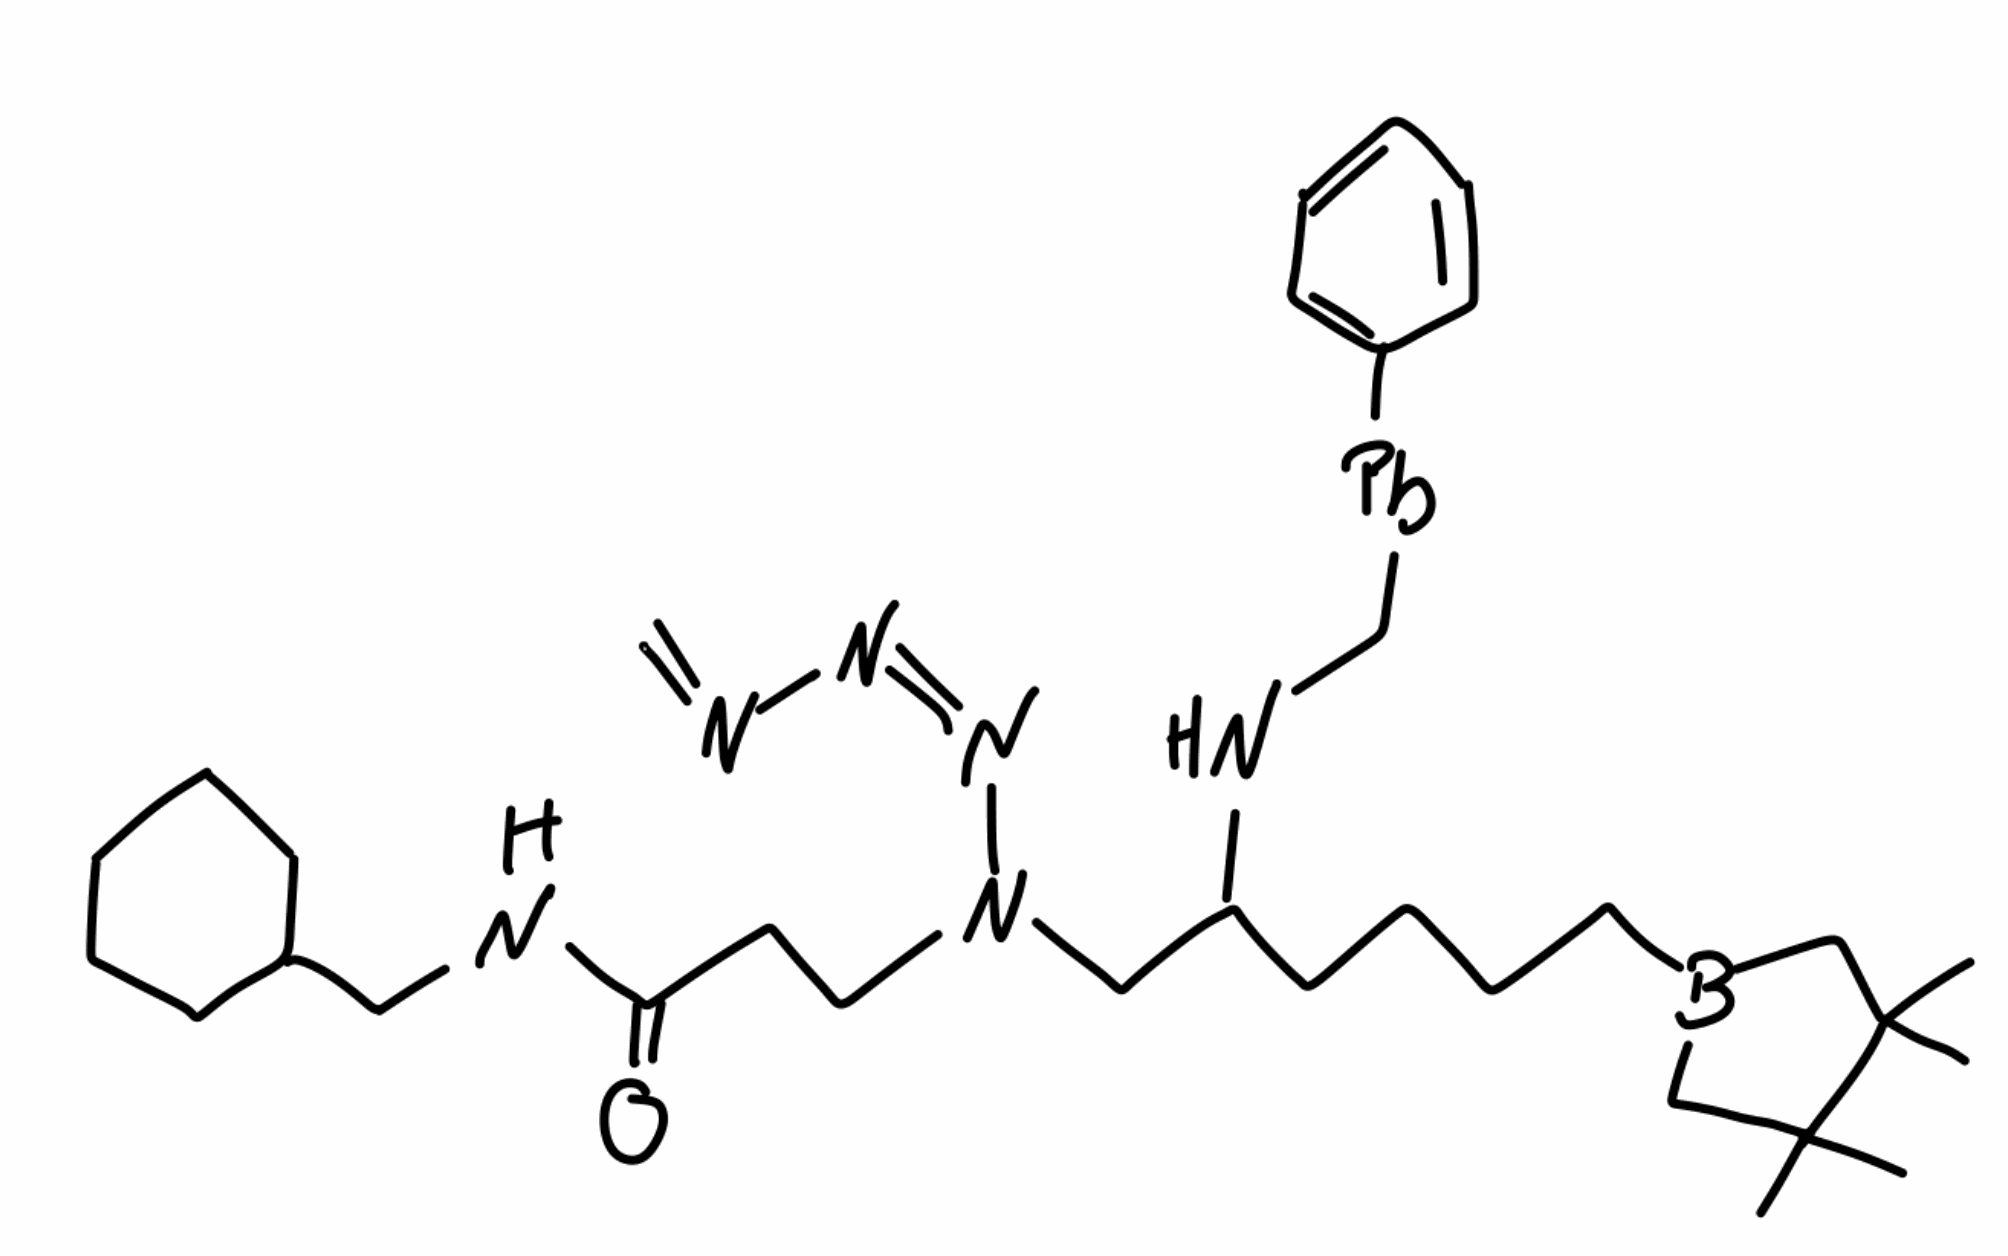
Simplified molecular-input line-entry system (SMILES) notation of the given molecule:
B1(CC(C(C1)(C)C)(C)C)CCCCC(CN(CCC(=O)NCC2=CC=CC=C2)/N=N\N=C)NC[Pb]C3=CC=CC=C3